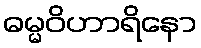
ဓမ္မဝိဟာရိနော